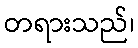
တရားသည်၊